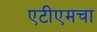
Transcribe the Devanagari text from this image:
एटीएमचा